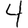
Digit: 4